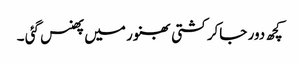
کچھ دور جاکر کشتی بھنور میں پھنس گئی ۔